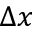
\Delta x